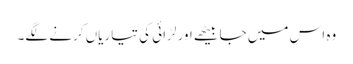
وہ اس میں جا بیٹھے اور لڑائی کی تیاریاں کرنے لگے۔